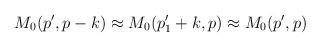
LaTeX: \begin{align*}M_{0}(p',p-k) \approx M_{0}(p'_{1}+k,p) \approx M_{0}(p',p)\end{align*}